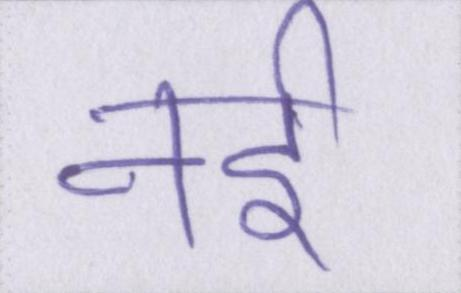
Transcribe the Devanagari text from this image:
नर्इ